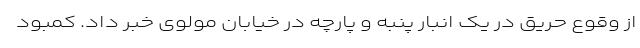
از وقوع حریق در یک انبار پنبه و پارچه در خیابان مولوی خبر داد. کمبود